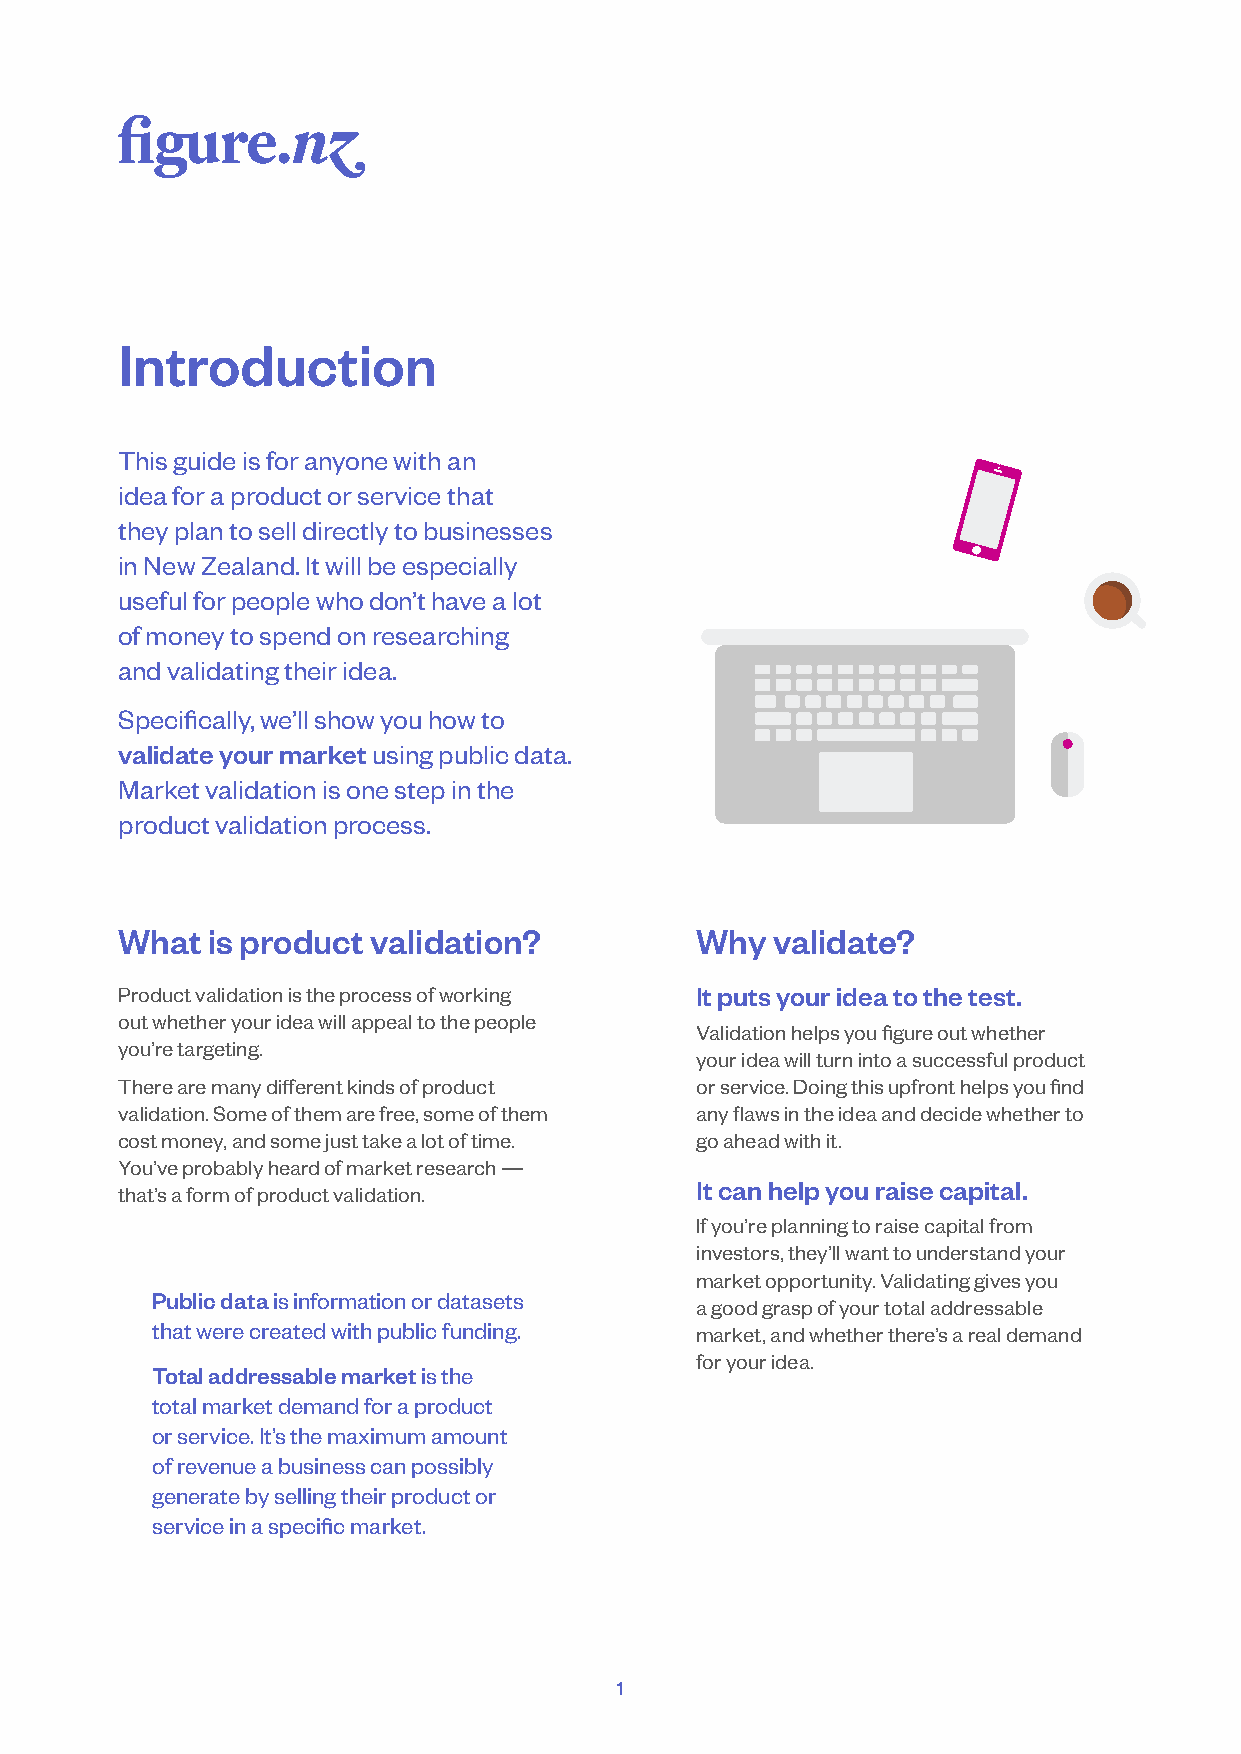
Introduction
 Thisguideisforanyonewithan
 ideaforaproductorservicethat
 theyplantoselldirectlytobusinesses
 inNewZealand.Itwillbeespecially
 usefulforpeoplewhodon’thavealot
 ofmoneytospendonresearching
 andvalidatingtheiridea.
 Specifically,we’llshowyouhowto
 validateyourmarketusingpublicdata.
 Marketvalidationisonestepinthe
 productvalidationprocess.
 What  is product validation?          Why  validate?
 Productvalidationistheprocessofworking Itputsyourideatothetest.
 outwhetheryourideawillappealtothepeople
 Validationhelpsyoufigureoutwhether
 you’retargeting.
 yourideawillturnintoasuccessfulproduct
 Therearemanydifferentkindsofproduct   orservice.Doingthisupfronthelpsyoufind
 validation.Someofthemarefree,someofthem anyflawsintheideaanddecidewhetherto
 costmoney,andsomejusttakealotoftime.  goaheadwithit.
 You’veprobablyheardofmarketresearch—
 Itcanhelpyouraisecapital.
 that’saformofproductvalidation.
 Ifyou’replanningtoraisecapitalfrom
 investors,they’llwanttounderstandyour
 marketopportunity.Validatinggivesyou
 Publicdataisinformationordatasets
 agoodgraspofyourtotaladdressable
 thatwerecreatedwithpublicfunding.   market,andwhetherthere’sarealdemand
 foryouridea.
 Totaladdressablemarketisthe
 totalmarketdemandforaproduct
 orservice.It’sthemaximumamount
 ofrevenueabusinesscanpossibly
 generatebysellingtheirproductor
 serviceinaspecificmarket.
 1